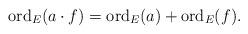
LaTeX: \begin{align*} \mathrm{ord}_{E}(a\cdot f) = \mathrm{ord}_{E}(a) + \mathrm{ord}_{E}(f).\end{align*}